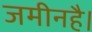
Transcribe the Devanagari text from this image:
जमीनहै।